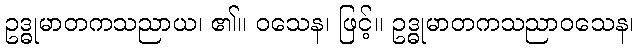
ဥဒ္ဓုမာတကသညာယ၊ ၏။ ဝသေန၊ ဖြင့်။ ဥဒ္ဓုမာတကသညာဝသေန၊